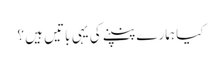
کیا ہمارے پنپنے کی یہی باتیں ہیں ؟